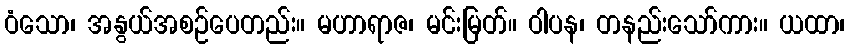
ဝံသော၊ အနွယ်အစဉ်ပေတည်း။ မဟာရာဇ၊ မင်းမြတ်။ ဝါပန၊ တနည်းသော်ကား။ ယထာ၊